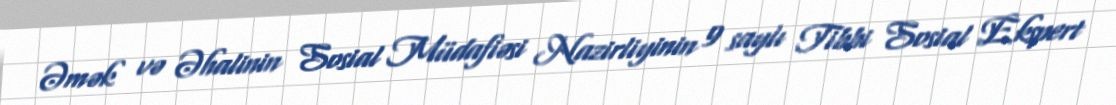
Əmək və Əhalinin Sosial Müdafiəsi Nazirliyinin 9 saylı Tibbi Sosial Ekspert